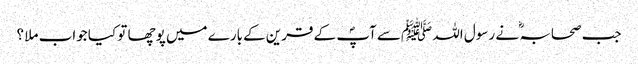
جب صحابہ ؓ نے رسول اللہ ﷺسے آپؐ کے قرین کےبارے میں پوچھا تو کیا جواب ملا ؟